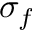
\sigma _ { f }